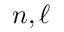
n , \ell